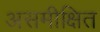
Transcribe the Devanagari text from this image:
असमीक्षित